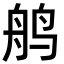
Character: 鸼